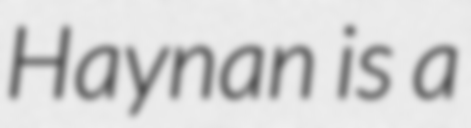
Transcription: Haynan is a